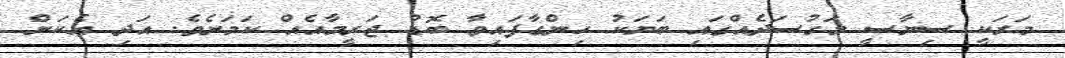
މަރަކީ ސިޔާސީ މަގުސަދެއްގައި ބަޔަކު ހިންގާފައިވާ ބޮޑު ޖަރީމާއެއް ކަމަށެވެ. އަދި އެކަން